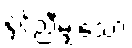
နှင့်ညီမျှသော